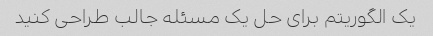
یک الگوریتم برای حل یک مسئله جالب طراحی کنید